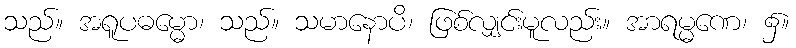
သည်။ အရူပဓမ္မော၊ သည်။ သမာနောပိ၊ ဖြစ်လျှင်းမူလည်း။ အာရမ္မဏေ၊ ၌။